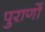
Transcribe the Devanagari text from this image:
पुराणाें